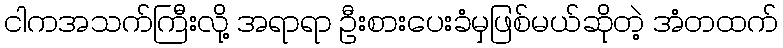
ငါကအသက်ကြီးလို့ အရာရာ ဦးစားပေးခံမှဖြစ်မယ်ဆိုတဲ့ အံတထက်